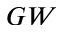
G W